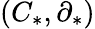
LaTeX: (C_{*},\partial_{*})